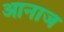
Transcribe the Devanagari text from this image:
आनाज